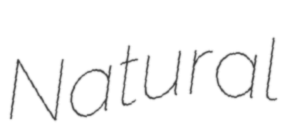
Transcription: Natural